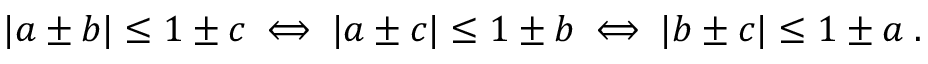
\begin{array} { r } { | a \pm b | \le 1 \pm c \iff | a \pm c | \le 1 \pm b \iff | b \pm c | \le 1 \pm a \; . } \end{array}